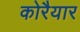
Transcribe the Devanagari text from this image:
कोरैयार